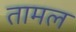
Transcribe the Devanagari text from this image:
तामल